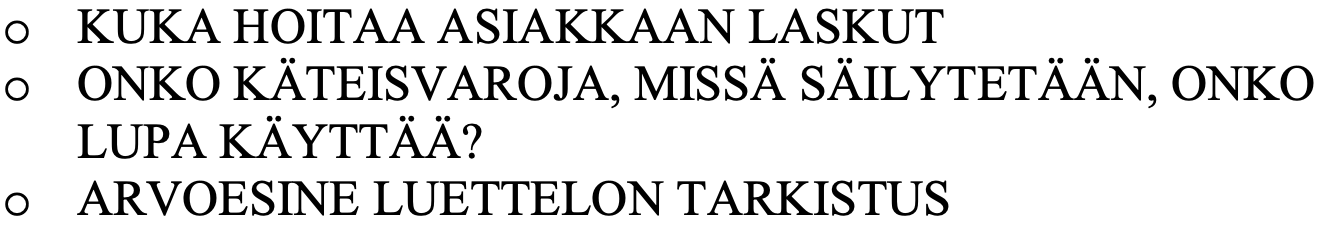
o  KUKA HOITAA ASIAKKAAN LASKUT o  ONKO KÄTEISVAROJA, MISSÄ SÄILYTETÄÄN, ONKO LUPA KÄYTTÄÄ? o  ARVOESINE LUETTELON TARKISTUS